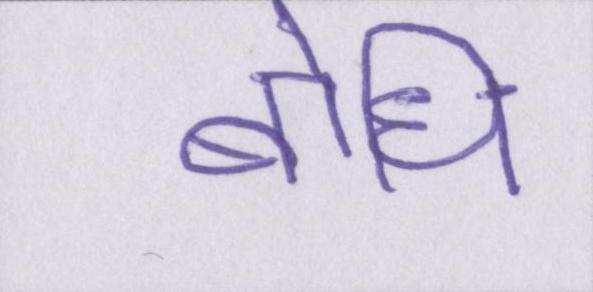
बोधि